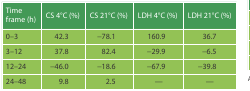
<table><thead><tr><td><b>Time frame (h)</b></td><td><b>CS 4°C (%)</b></td><td><b>CS 21°C (%)</b></td><td><b>LDH 4°C (%)</b></td><td><b>LDH 21°C (%)</b></td></tr></thead><tbody><tr><td>0–3</td><td>42.3</td><td>−78.1</td><td>160.9</td><td>36.7</td></tr><tr><td>3–12</td><td>37.8</td><td>82.4</td><td>−29.9</td><td>−6.5</td></tr><tr><td>12–24</td><td>−46.0</td><td>−18.6</td><td>−67.9</td><td>−39.8</td></tr><tr><td>24–48</td><td>9.8</td><td>2.5</td><td>—</td><td>—</td></tr></tbody></table>